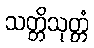
သတ္တိသုတ္တံ